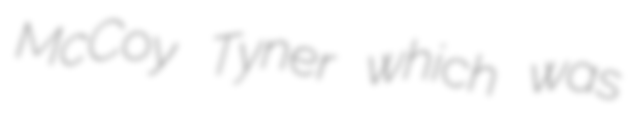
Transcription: McCoy Tyner which was